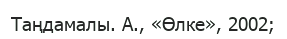
Таңдамалы. А., «Өлке», 2002;